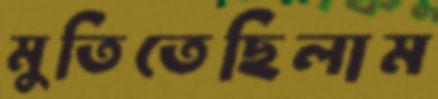
মুতিতেছিলাম